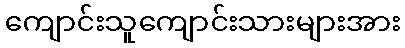
ကျောင်းသူကျောင်းသားများအား